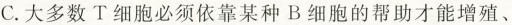
C.大多数T细胞必须依靠某种B细胞的帮助才能增殖、